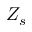
Z _ { s }